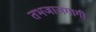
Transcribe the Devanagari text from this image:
तभजाजगागी